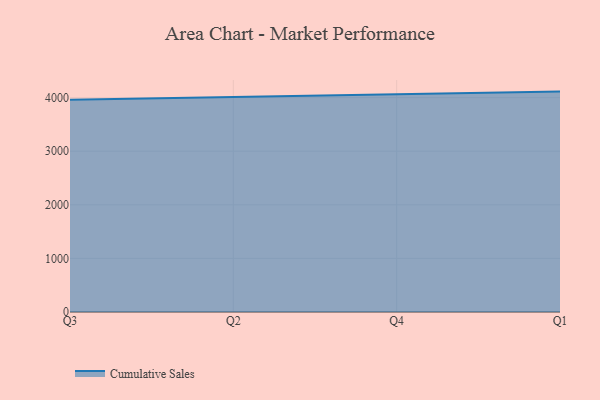
{"axis": {"x": "Quarter", "y": "Latency (ms)"}, "legend": ["Cumulative Sales"], "data": [{"x": "Q3", "y": 3960.1, "type": "Cumulative Sales"}, {"x": "Q2", "y": 4014.0, "type": "Cumulative Sales"}, {"x": "Q4", "y": 4070.9, "type": "Cumulative Sales"}, {"x": "Q1", "y": 4112.1, "type": "Cumulative Sales"}]}